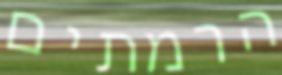
הרמתים